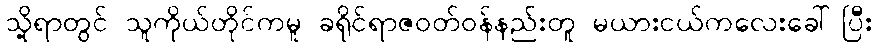
သို့ရာတွင် သူကိုယ်တိုင်ကမူ ခရိုင်ရာဇဝတ်ဝန်နည်းတူ မယားငယ်ကလေးခေါ်ပြီး